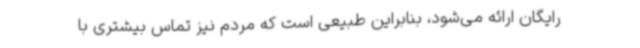
رایگان ارائه می‌شود، بنابراین طبیعی است که مردم نیز تماس بیشتری با